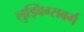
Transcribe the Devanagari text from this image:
लुड्विग्सबर्ग